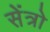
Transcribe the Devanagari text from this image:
सेंत्रो